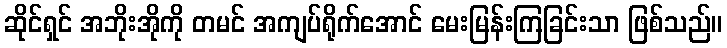
ဆိုင်ရှင် အဘိုးအိုကို တမင် အကျပ်ရိုက်အောင် မေးမြန်းကြခြင်းသာ ဖြစ်သည်။